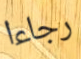
رجاءا